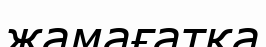
жамағатқа